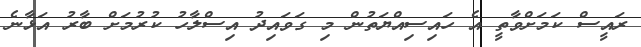
ރައީސް ކަމަށްވާތީ އެ ހައިސިއްޔަތުން މި ގަވައިދު އިސްލާހު ކުރުމަށް ބާރު އަޅާނެ